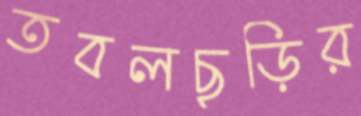
তবলছড়ির